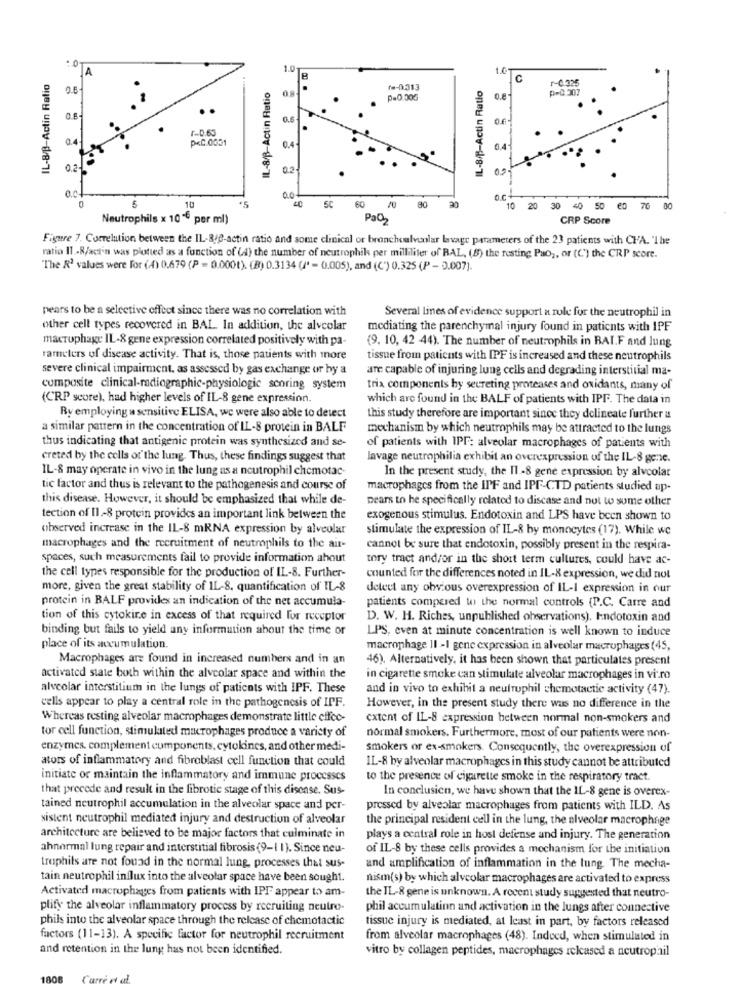
A
1.0
1.0
IL-8/3-Actin Ratio
IL-8/B-Actin Ratio
C
r-0 325
0.5
IL-8/3-Actin Ratio
0.8
te-0313
0-0.307
P=0.005
0.6
r-0.63
p<C.0031
0.4
0.2%
0.2
00.
5
10
+5
001
60
20
5C
80
20 30 40 50 60 70 00
Neutrophils x 10℃ per ml)
Paz
CRP Score
Figure 7. Correlation between the IL-8/0-actin ratio and some clinical or bronchoalveolar lavage parameters of the 23 patients with CHA. "The
ratio II .- 8/aci'n was plotted as a function of (d) the number of neutrophils per milliliter of RAL, (8) the resting Pao ,, or (C') the CRP score.
"The R2 values were For (4) 0.679 (P = 0.0001). (B) 0.3134 (/' - 0.005), and (C") 0.325 (P - 0.007).
pears to be a selective effect since there was no correlation with
Several lines of evidence support a rule for the neutrophil in
other cell types recovered in BAL In addition, the alveolar
mediating the parenchymal injury found in patients with IPF
macrophage IL-8 gene expression correlated positively with pa-
(9, 10, 42 44). The number of neutrophils in BAI.F and lung
rameters of disease activity. That is, those patients with more
tissue from patients with IPF is increased and these neutrophils
severe clinical impairment, as assessed by gas exchange ur hy a
are capable of injuring lung cells and degrading interstitial ma-
composite clinical-radiographic-physiologic scoring system
trix components hy secreting proteases and oxidants, many of
(CRP score), had higher levels of IL-8 gene expression.
which are found in the BALF of patients with IPF. The data in
By employing a sensitive ELISA, we were also able to detect
this study therefore are important since they delineate further a
a similar pattern in the concentration of IL-8 protein in BALF
mechanism by which neutrophils may be attracted to the lungs
thus indicating that antigenic protein was synthesized and se-
of patients with IPF: alveolar macrophages of patients with
creted by the cells of the lung. Thus, these findings suggest that
lavage neutrophilia exhibit an overexpression of the IL-8 gene.
IL-& may operate in vivo in the lung as a neutrophil chemotac-
In the present study, the Il -8 gene expression by alveolar
tic factor and thus is relevant to the pathogenesis and course of
macrophages from the IPF and IPF-CTD patients studied ap-
this disease. However, it should be emphasized that while de-
pears to he specifically related to discase and not to some other
tection of II .- 8 protein provides an important link between the
exogenous stimulus. Endotoxin and LPS have been shown to
observed increase in the IL-8 mRNA expression by alveolar
stimulate the expression of IL-8 by monocytes (17). While we
macrophages and the recruitment of neutrophils to the air-
cannot be sure that endotoxin, possibly present in the respira-
spaces, such measurements fail to provide information about
tory tract and/or in the short term cultures, could have ac-
the cell types responsible for the production of IL-8. Further-
counted for the differences noted in IL-8 expression, we did not
more, given the great stability of IL-8, quantification of IL-8
detect any obvious overexpression of IL-1 expression in our
protein in RALF provides an indication of the net accumula-
patients compared to the normal controls {P.C. Carre and
tion of this cytokine in excess of that required for receptor
D. W. H. Riches, unpublished observations), Endotoxin and
binding but fails to yield any information about the time or
LPS, even at minute concentration is well known to induce
place of its accumulation.
macrophage II -I gene expression in alveolar macrophages (45,
Macrophages are found in increased numbers and in an
46). Alternatively, it has been shown that particulates present
activated state both within the alveolar space and within the
in cigarette smoke can stimulate alveolar macrophages in vitro
alveolar interstitium in the lungs of patients with IPF. These
and in vivo to exhibit a neutrophil chemotactic activity (47).
cells appear to play a central role in the pathogenesis of IPF.
However, in the present study there was no difference in the
Whereas resting alveolar macrophages demonstrate little effco-
extent of IL-8 expression between normal non-smokers and
tor cell function, stimulated macrophages produce a variety of
normal smokers. Furthermore, most of our patients were non-
enzymes. complement components, cytokines, and other medi-
smokers or ex-smokers. Consequently, the overexpression of
ators of inflammatory and fibroblast cell function that could
IL-8 by alveolar macrophages in this study cannot be attributed
initiate or maintain the inflammatory and immune processes
to the presence of cigarette smoke in the respiratory tract.
that precede and result in the fibrotie stage of this disease. Sus-
In conclusion, we have shown that the IL-8 gene is overex-
tained neutrophil accumulation in the alveolar space and per-
pressed by alveolar macrophages from patients with ILD. As
sistent neutrophil mediated injury and destruction of alveolar
the principal resident cell in the lung, the alveolar macrophage
architecture are believed to be major factors that culminate in
plays a central role in host defense and injury. The generation
ahnormal lung repair and interstitial fibrosis (9-1 1). Since neu-
of IL-8 by these cells provides a mechanism for the initiation
traphils are not found in the normal lung, processes that sus-
and amplification of inflammation in the lung. The mecha-
tain neutrophil influx into the alveolar space have been sought.
nism(s) by which alveolar macrophages are activated to express
Activated macrophages from patients with IPF appear to am-
the IL-8 gene is unknown. A recent study suggested that neutro-
plify the alveolar inflammatory process by recruiting neutro-
phil accumulation and activation in the lungs after connective
phils into the alveolar space through the release of chemotactic
tissue injury is mediated, at least in part, by factors released
factors (11-13). A specific factor for neutrophil recruitment
from alveolar macrophages (48). Indeed, when stimulated in
and retention in the lung has not been identified.
vitro by collagen peptides, macrophages released a neutrophil
1808 Carrè et al.